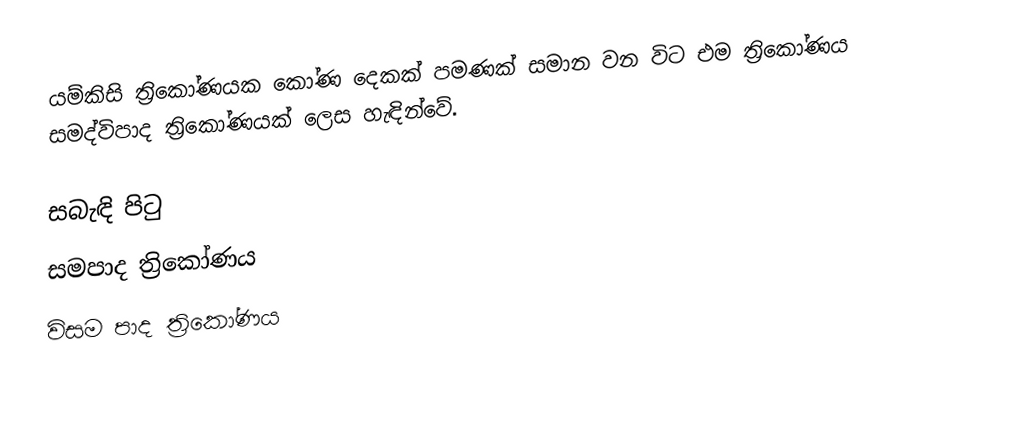
යම්කිසි ත්‍රිකෝණයක කෝණ දෙකක් පමණක් සමාන වන විට එම ත්‍රිකෝණය සමද්විපාද ත්‍රිකෝණයක් ලෙස හැඳින්වේ.

සබැඳි පිටු
 සමපාද ත්‍රිකෝණය
 විසම පාද ත්‍රිකෝණය